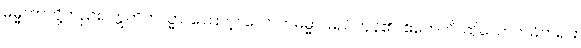
ဓမ္မတာတို့တည်း။ ဣတိတသ္မာ၊ ကြောင့်။ လောကဓမ္မာ၊ မည်ကုန်၏။ ဧတေဟိ၊ ထိုလောကဓံတရား